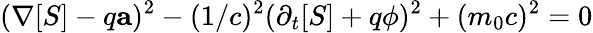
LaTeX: (\mathbf{\nabla}[S]-q\mathbf{a})^{2}-(1/c)^{2}(\partial_{t}[S]+q\phi)^{2}+(m_{0}c)^{2}=0